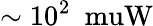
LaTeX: \mathrm{\sim 10^{2}~\ muW}